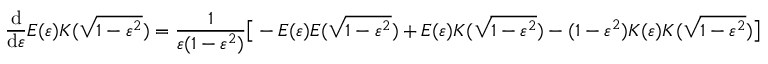
{ \frac { \mathrm { d } } { \mathrm { d } \varepsilon } } E ( \varepsilon ) K ( { \sqrt { 1 - \varepsilon ^ { 2 } } } ) = { \frac { 1 } { \varepsilon ( 1 - \varepsilon ^ { 2 } ) } } { \bigl [ } - E ( \varepsilon ) E ( { \sqrt { 1 - \varepsilon ^ { 2 } } } ) + E ( \varepsilon ) K ( { \sqrt { 1 - \varepsilon ^ { 2 } } } ) - ( 1 - \varepsilon ^ { 2 } ) K ( \varepsilon ) K ( { \sqrt { 1 - \varepsilon ^ { 2 } } } ) { \bigr ] }